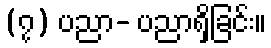
(၇) ပညာ- ပညာရှိခြင်း။